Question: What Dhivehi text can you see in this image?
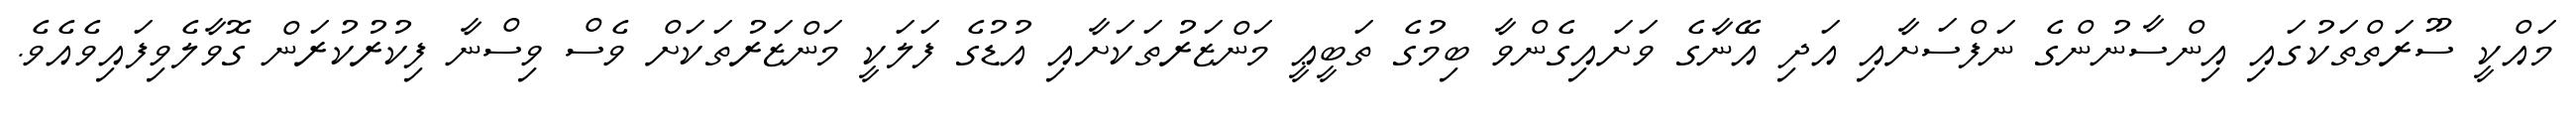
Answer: މައްކީ ސޫރަތްތަކުގައި އިންސާނުންގެ ނަފްސަށާއި އަދި އޭނާގެ ވަށައިގެންވާ ބިމުގެ ތަބީޢީ މަންޒަރުތަކަށާއި އުޑުގެ ފަލަކީ މަންޒަރުތަކަށް ވެސް ވިސްނާ ފިކުރުކުރަން ގޮވާލެވިފައިވެއެވެ.